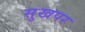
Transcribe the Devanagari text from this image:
सुखपर